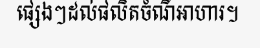
ផ្សេងៗដល់ផលិតចំណីអាហារ។